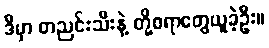
ဒီမှာ တညင်းသီးနဲ့ တို့စရာတွေယူခဲ့ဦး။